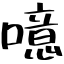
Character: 噫